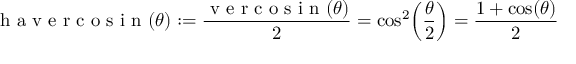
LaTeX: { \textrm { h a v e r c o s i n } } ( \theta ) : = { \frac { { \textrm { v e r c o s i n } } ( \theta ) } { 2 } } = \cos ^ { 2 } \! \left( { \frac { \theta } { 2 } } \right) = { \frac { 1 + \cos ( \theta ) } { 2 } }